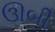
ઊબી